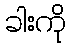
ခါးကို